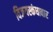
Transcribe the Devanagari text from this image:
विजयस्कंधावार